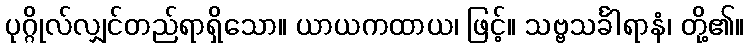
ပုဂ္ဂိုလ်လျှင်တည်ရာရှိသော။ ယာယကထာယ၊ ဖြင့်။ သဗ္ဗသင်္ခါရာနံ၊ တို့၏။